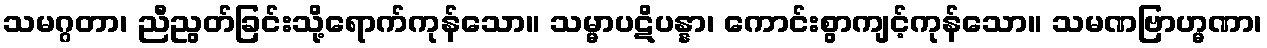
သမဂ္ဂတာ၊ ညီညွတ်ခြင်းသို့ရောက်ကုန်သော။ သမ္မာပဋိပန္နာ၊ ကောင်းစွာကျင့်ကုန်သော။ သမဏဗြာဟ္မဏာ၊